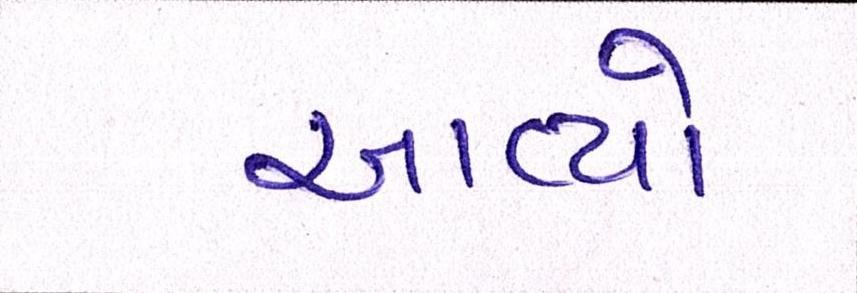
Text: આવ્યો